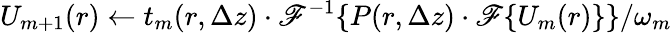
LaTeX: U_{m+1}(r)\gets t_{m}(r,\Delta z)\cdot\mathscr{F}^{-1}\{ {P(r,\Delta z)\cdot\mathscr{F}\{ U_{m}(r)\} }\} /\omega_{m}